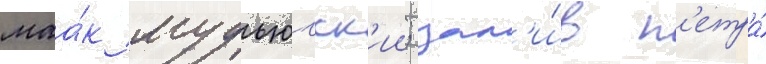
маа́к мудьюгск'ии; зал'и́в п'етра́